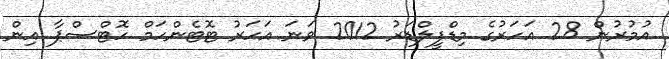
އުމުރުން 28 އަހަރުގެ މިޑްފީލްޑަރު 2012 ވަނަ އަހަރު ޓޮޓެންހަމް ހޮޓްސްޕާ އިން